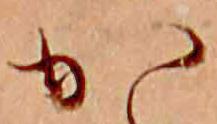
か